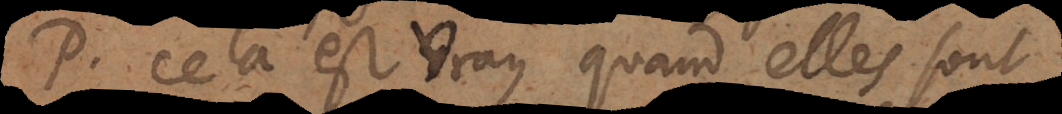
P. Cela est vray quand elles sont